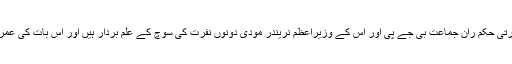
اس میں کوئی شک نہیں کہ بھارتی حکم ران جماعت بی جے پی اور اس کے وزیراعظم نریندر مودی دونوں نفرت کی سوچ کے علم بردار ہیں اور اس بات کی عمران خان نے خوب وضاحت کی۔